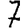
Digit: 7